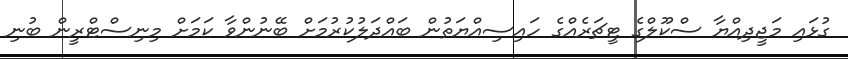
ގުޅައި މަޖީދިއްޔާ ސްކޫލްގެ ޓީޗަރެއްގެ ހައިސިއްޔަތުން ބައްދަލުކުރުމަށް ބޭނުންވާ ކަމަށް މިނިސްޓްރީން ބުނި